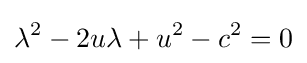
\lambda ^{2}-2u\lambda +u^{2}-c^{2}=0